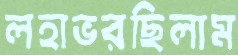
লহাভরছিলাম